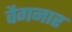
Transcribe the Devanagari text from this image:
वैगनार